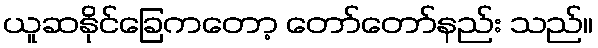
ယူဆနိုင်ခြေကတော့ တော်တော်နည်း သည်။